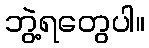
ဘွဲ့ရတွေပါ။